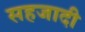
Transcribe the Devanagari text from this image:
सहजादी